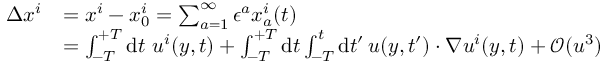
\begin{array} { r l } { \Delta x ^ { i } } & { = x ^ { i } - x _ { 0 } ^ { i } = \sum _ { a = 1 } ^ { \infty } \epsilon ^ { a } x _ { a } ^ { i } ( t ) } \\ & { = \int _ { - T } ^ { + T } \ensuremath { \operatorname { d } \! t \ u ^ { i } ( y , t ) + \int _ { - T } } ^ { + T } \ensuremath { \operatorname { d } \! t \int _ { - T } } ^ { t } \ensuremath { \operatorname { d } \! t ^ { \prime } \, u ( y , t ^ { \prime } ) \cdot \nabla u ^ { i } } ( y , t ) + \mathcal { O } ( u ^ { 3 } ) } \end{array}